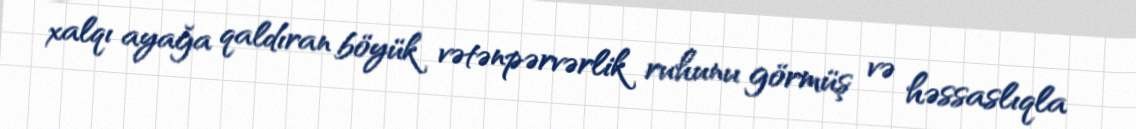
xalqı ayağa qaldıran böyük vətənpərvərlik ruhunu görmüş və həssaslıqla